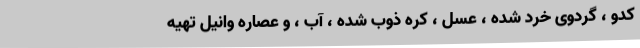
کدو ، گردوی خرد شده ، عسل ، کره ذوب شده ، آب ، و عصاره وانیل تهیه